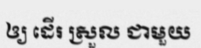
ឲ្យ ដើរ ស្រួល ជាមួយ